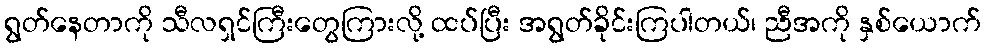
ရွတ်နေတာကို သီလရှင်ကြီးတွေကြားလို့ ထပ်ပြီး အရွတ်ခိုင်းကြပါတယ်၊ ညီအကို နှစ်ယောက်